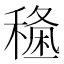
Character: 𥡑